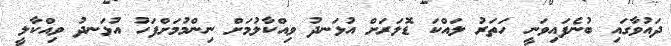
ދައުވާގައި ބުނެފައިވަނީ ހަތަރު ލައްކަ ޑޮލަރަށް އުޅަނދު ވިއްކާލުމަށް ނިންމުމަށްފަހު އުޅަނދު ވިއްކާލީ